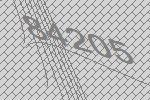
84205